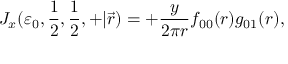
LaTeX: J _ { x } ( \varepsilon _ { 0 } , { \frac { 1 } { 2 } } , { \frac { 1 } { 2 } } , + | \vec { r } ) = + { \frac { y } { 2 \pi r } } f _ { 0 0 } ( r ) g _ { 0 1 } ( r ) ,